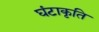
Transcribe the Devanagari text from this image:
घंटाकृति